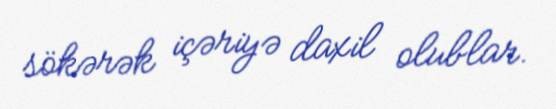
sökərək içəriyə daxil olublar.